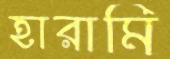
হারামি